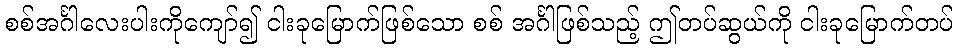
စစ်အင်္ဂါလေးပါးကိုကျော်၍ ငါးခုမြောက်ဖြစ်သော စစ် အင်္ဂါဖြစ်သည့် ဤတပ်ဆွယ်ကို ငါးခုမြောက်တပ်